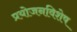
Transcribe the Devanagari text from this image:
प्रयोजनविशेष